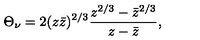
\Theta _ { \nu } = 2 ( z \bar { z } ) ^ { 2 / 3 } \frac { z ^ { 2 / 3 } - \bar { z } ^ { 2 / 3 } } { z - \bar { z } } ,